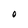
Character: 0